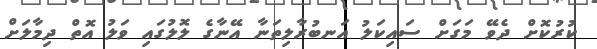
ކުރުކޮށް ދެވޭ މަގަށް ސައިކަލު އަނބުރާލިތަނާ އޭނާގެ ލޮލުގައި ވަލު އޮތް ދިމާލަށް